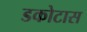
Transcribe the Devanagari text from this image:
डकोटास